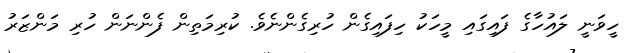
ހީވަނީ ލައުހާގެ ފައިގައި މީހަކު ހިފައިގެން ހުރިގެންނެވެ. ކުރިމަތިން ފެންނަން ހުރި މަންޒަރު